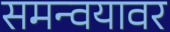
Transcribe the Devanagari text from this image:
समन्वयावर